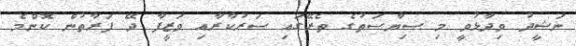
ނަޝީދު ވިދާޅުވީ މި ސިޔާސަތުގެ ތެރޭގައި ސަރުކާރާއި ވަޒީފާ ދޭ ފަރާތުން ކޮންމެ